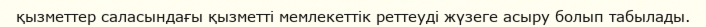
қызметтер саласындағы қызметті мемлекеттік реттеуді жүзеге асыру болып табылады.